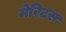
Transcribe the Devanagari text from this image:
मेरिटस